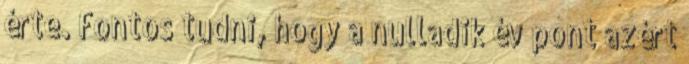
érte. Fontos tudni, hogy a nulladik év pont azért